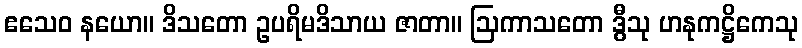
ဧသေဝ နယော။ ဒိသတော ဥပရိမဒိသာယ ဇာတာ။ ဩကာသတော ဒွီသု ဟနုကဋ္ဌိကေသု